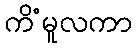
ကိံမူလကာ